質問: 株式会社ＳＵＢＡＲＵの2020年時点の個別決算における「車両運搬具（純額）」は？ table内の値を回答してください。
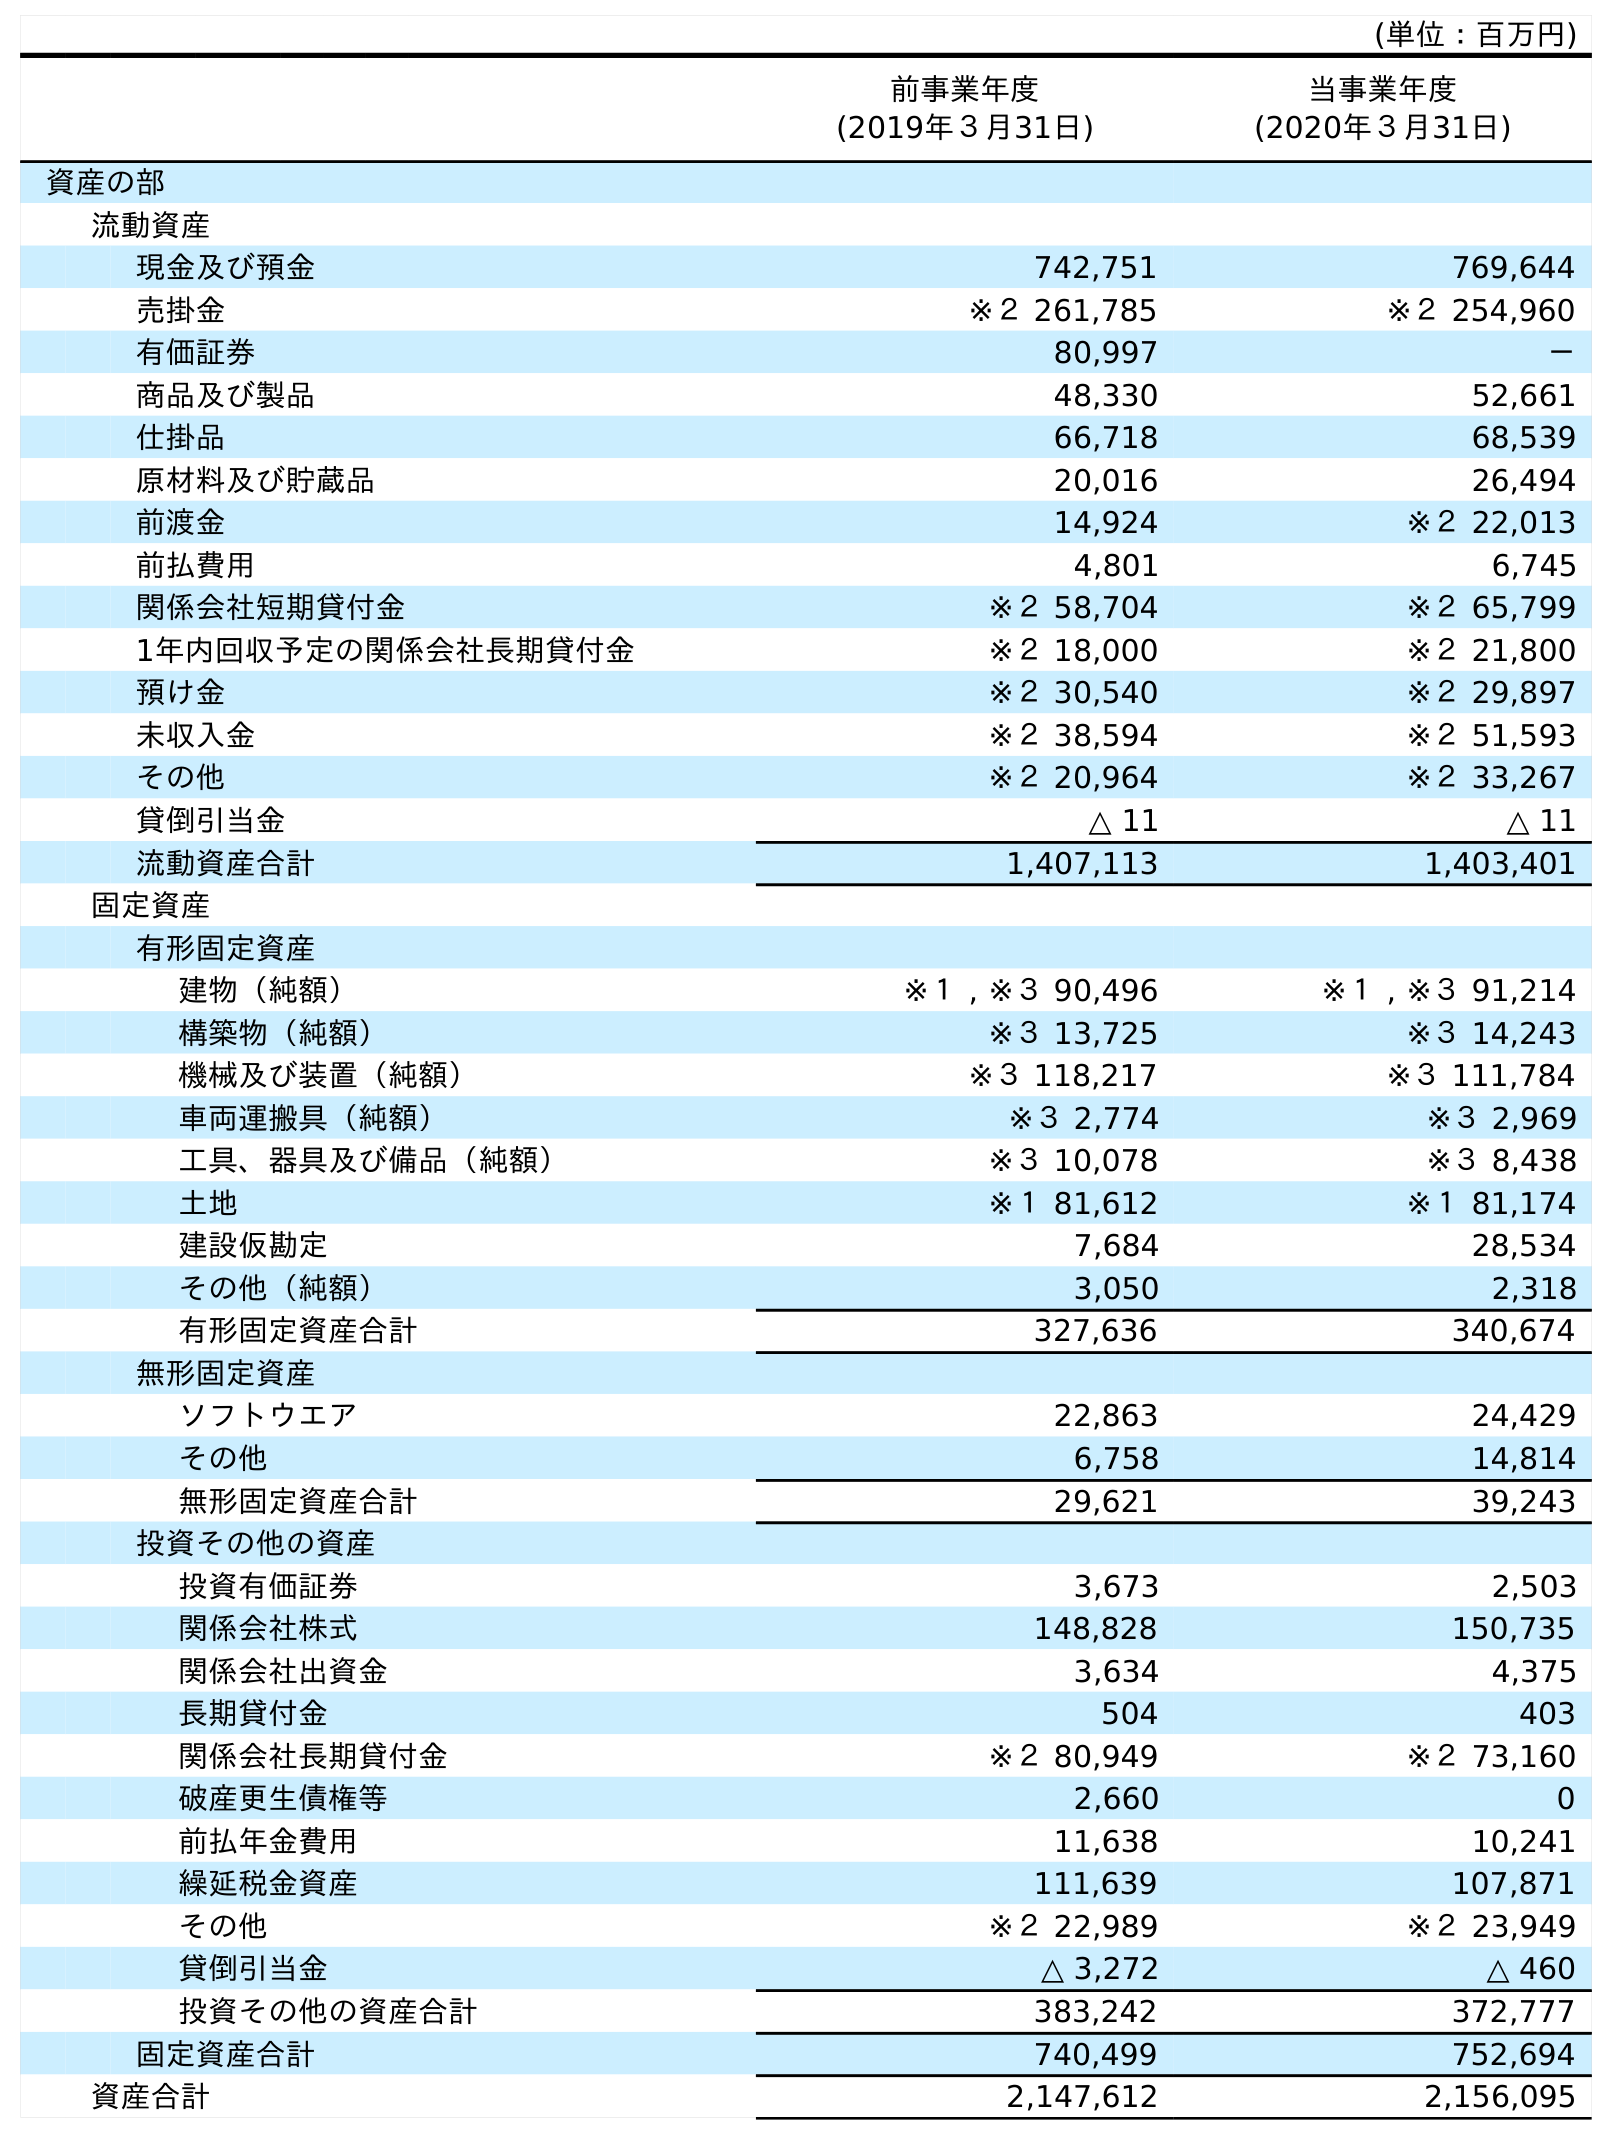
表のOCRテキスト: (単位：百万円) 前事業年度 (2019年３月31日) 当事業年度 (2020年３月31日) 資産の部 流動資産 現金及び預金 742,751 769,644 売掛金 ※２ 261,785 ※２ 254,960 有価証券 80,997 － 商品及び製品 48,330 52,661 仕掛品 66,718 68,539 原材料及び貯蔵品 20,016 26,494 前渡金 14,924 ※２ 22,013 前払費用 4,801 6,745 関係会社短期貸付金 ※２ 58,704 ※２ 65,799 1年内回収予定の関係会社長期貸付金 ※２ 18,000 ※２ 21,800 預け金 ※２ 30,540 ※２ 29,897 未収入金 ※２ 38,594 ※２ 51,593 その他 ※２ 20,964 ※２ 33,267 貸倒引当金 △ 11 △ 11 流動資産合計 1,407,113 1,403,401 固定資産 有形固定資産 建物（純額） ※１ , ※３ 90,496 ※１ , ※３ 91,214 構築物（純額） ※３ 13,725 ※３ 14,243 機械及び装置（純額） ※３ 118,217 ※３ 111,784 車両運搬具（純額） ※３ 2,774 ※３ 2,969 工具、器具及び備品（純額） ※３ 10,078 ※３ 8,438 土地 ※１ 81,612 ※１ 81,174 建設仮勘定 7,684 28,534 その他（純額） 3,050 2,318 有形固定資産合計 327,636 340,674 無形固定資産 ソフトウエア 22,863 24,429 その他 6,758 14,814 無形固定資産合計 29,621 39,243 投資その他の資産 投資有価証券 3,673 2,503 関係会社株式 148,828 150,735 関係会社出資金 3,634 4,375 長期貸付金 504 403 関係会社長期貸付金 ※２ 80,949 ※２ 73,160 破産更生債権等 2,660 0 前払年金費用 11,638 10,241 繰延税金資産 111,639 107,871 その他 ※２ 22,989 ※２ 23,949 貸倒引当金 △ 3,272 △ 460 投資その他の資産合計 383,242 372,777 固定資産合計 740,499 752,694 資産合計 2,147,612 2,156,095
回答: ※３2,969